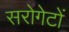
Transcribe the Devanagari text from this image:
सरोगेटों